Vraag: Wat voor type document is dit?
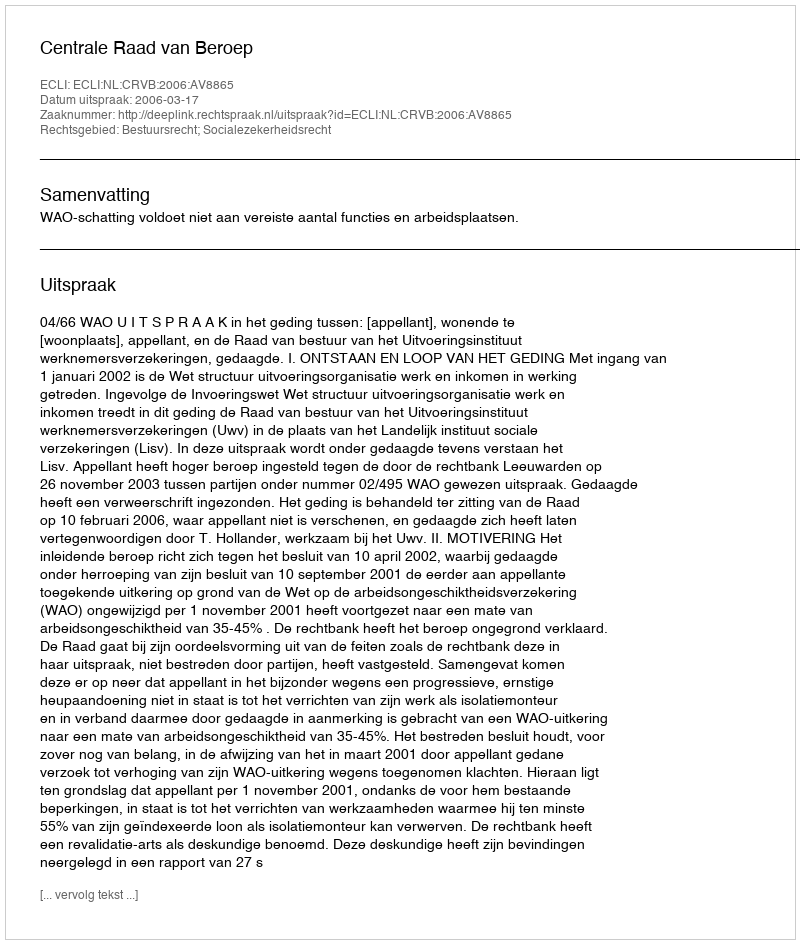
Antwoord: Uitspraak